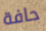
حافة